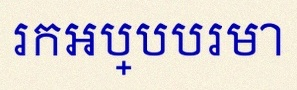
រកអប្បបរមា